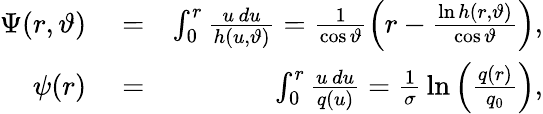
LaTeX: \begin{array}{rlr}{\Psi(r,\vartheta)}&{{}=}&{\int_{0}^{r}\frac{u\, du}{h(u,\vartheta)}=\frac{1}{\cos{\vartheta}}\left(r-\frac{\ln h(r,\vartheta)}{\cos\vartheta}\right),}\\ {\psi(r)}&{{}=}&{\int_{0}^{r}\frac{u\, du}{q(u)}=\frac{1}{\sigma}\, \ln\left(\frac{q(r)}{q_{0}}\right),}\end{array}